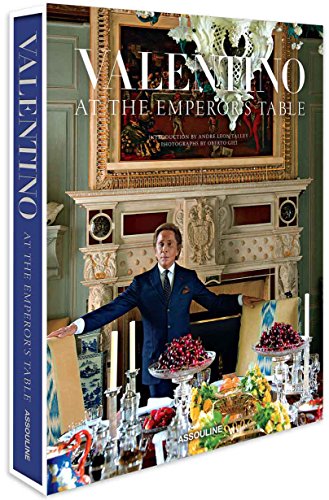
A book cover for Valentino: At the Emperor's Table; Valentino Garavani; Humor & Entertainment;